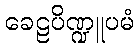
ခေဠပိဏ္ဍူပမံ